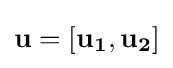
\mathbf {u=\left[u_{1},u_{2}\right]}